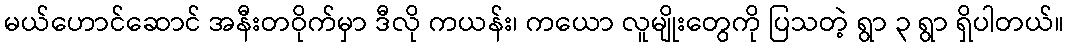
မယ်ဟောင်ဆောင် အနီးတဝိုက်မှာ ဒီလို ကယန်း၊ ကယော လူမျိုးတွေကို ပြသတဲ့ ရွာ ၃ ရွာ ရှိပါတယ်။